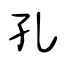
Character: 孔